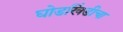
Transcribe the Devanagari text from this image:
घोडखिंडीचा